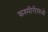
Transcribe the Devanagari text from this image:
कश्मीरीमध्ये